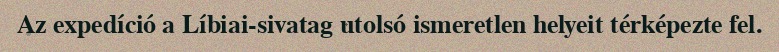
Az expedíció a Líbiai-sivatag utolsó ismeretlen helyeit térképezte fel.